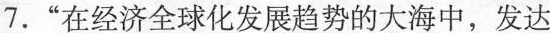
7.”在经济全球化发展趋势的大海中，发达